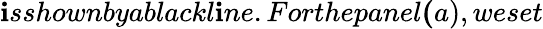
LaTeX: \mathbf{i}sshownbyablackl\mathbf{i}ne.Forthepanel{\mathbf{(}a)},weset